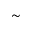
{ \sim }